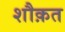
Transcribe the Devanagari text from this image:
शौक़त